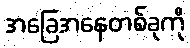
အခြေအနေတစ်ခုကို